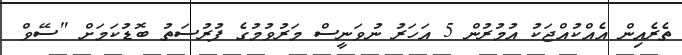
ތެރެއިން އެއްކުއްޖަކު އުމުރުން 5 އަހަރު ނުވަނީސް މަރުވުމުގެ ފުރުސަތު ބޮޑުކަމަށް "ސޭވް